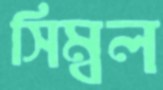
সিম্বল